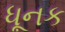
ધૂનક